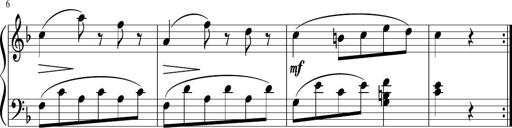
Title: 3 Sonatinen
Composer: Heinrich Lichner